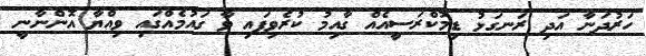
ހަރުދަނާ އަދި ރަނގަޅު ޑިމޮކްރަސީއެއް ގާއިމު ކުރެވިފައި ވާ ގައުމެއްގައި ވިއްޔާ އޮންނާނީ